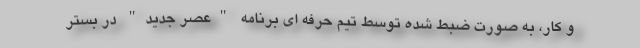
و کار، به صورت ضبط شده توسط تیم حرفه ای برنامه "عصر جدید" در بستر